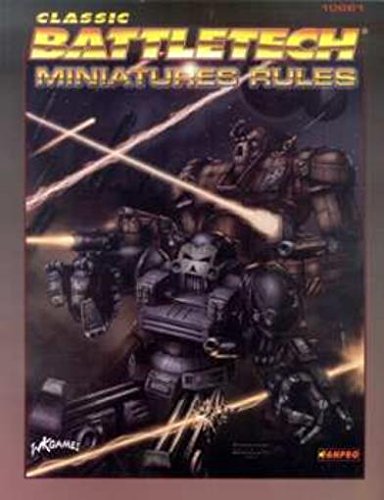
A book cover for Classic Battletech Miniatures Rules; Fanpro; Science Fiction & Fantasy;